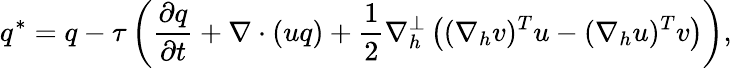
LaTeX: q^{*}=q-\tau\left(\frac{\partial q}{\partial t}+\nabla\cdot(uq)+\frac{1}{2}\nabla_{h}^{\perp}\left((\nabla_{h}v)^{T}u-(\nabla_{h}u)^{T}v\right)\right),